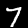
Label: 7